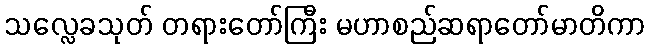
သလ္လေခသုတ် တရားတော်ကြီး မဟာစည်ဆရာတော်မာတိကာ